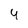
Character: 4